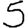
Digit: 5